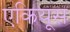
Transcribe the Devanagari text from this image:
एकियूस